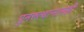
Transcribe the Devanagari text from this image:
पुनरुत्थानासही